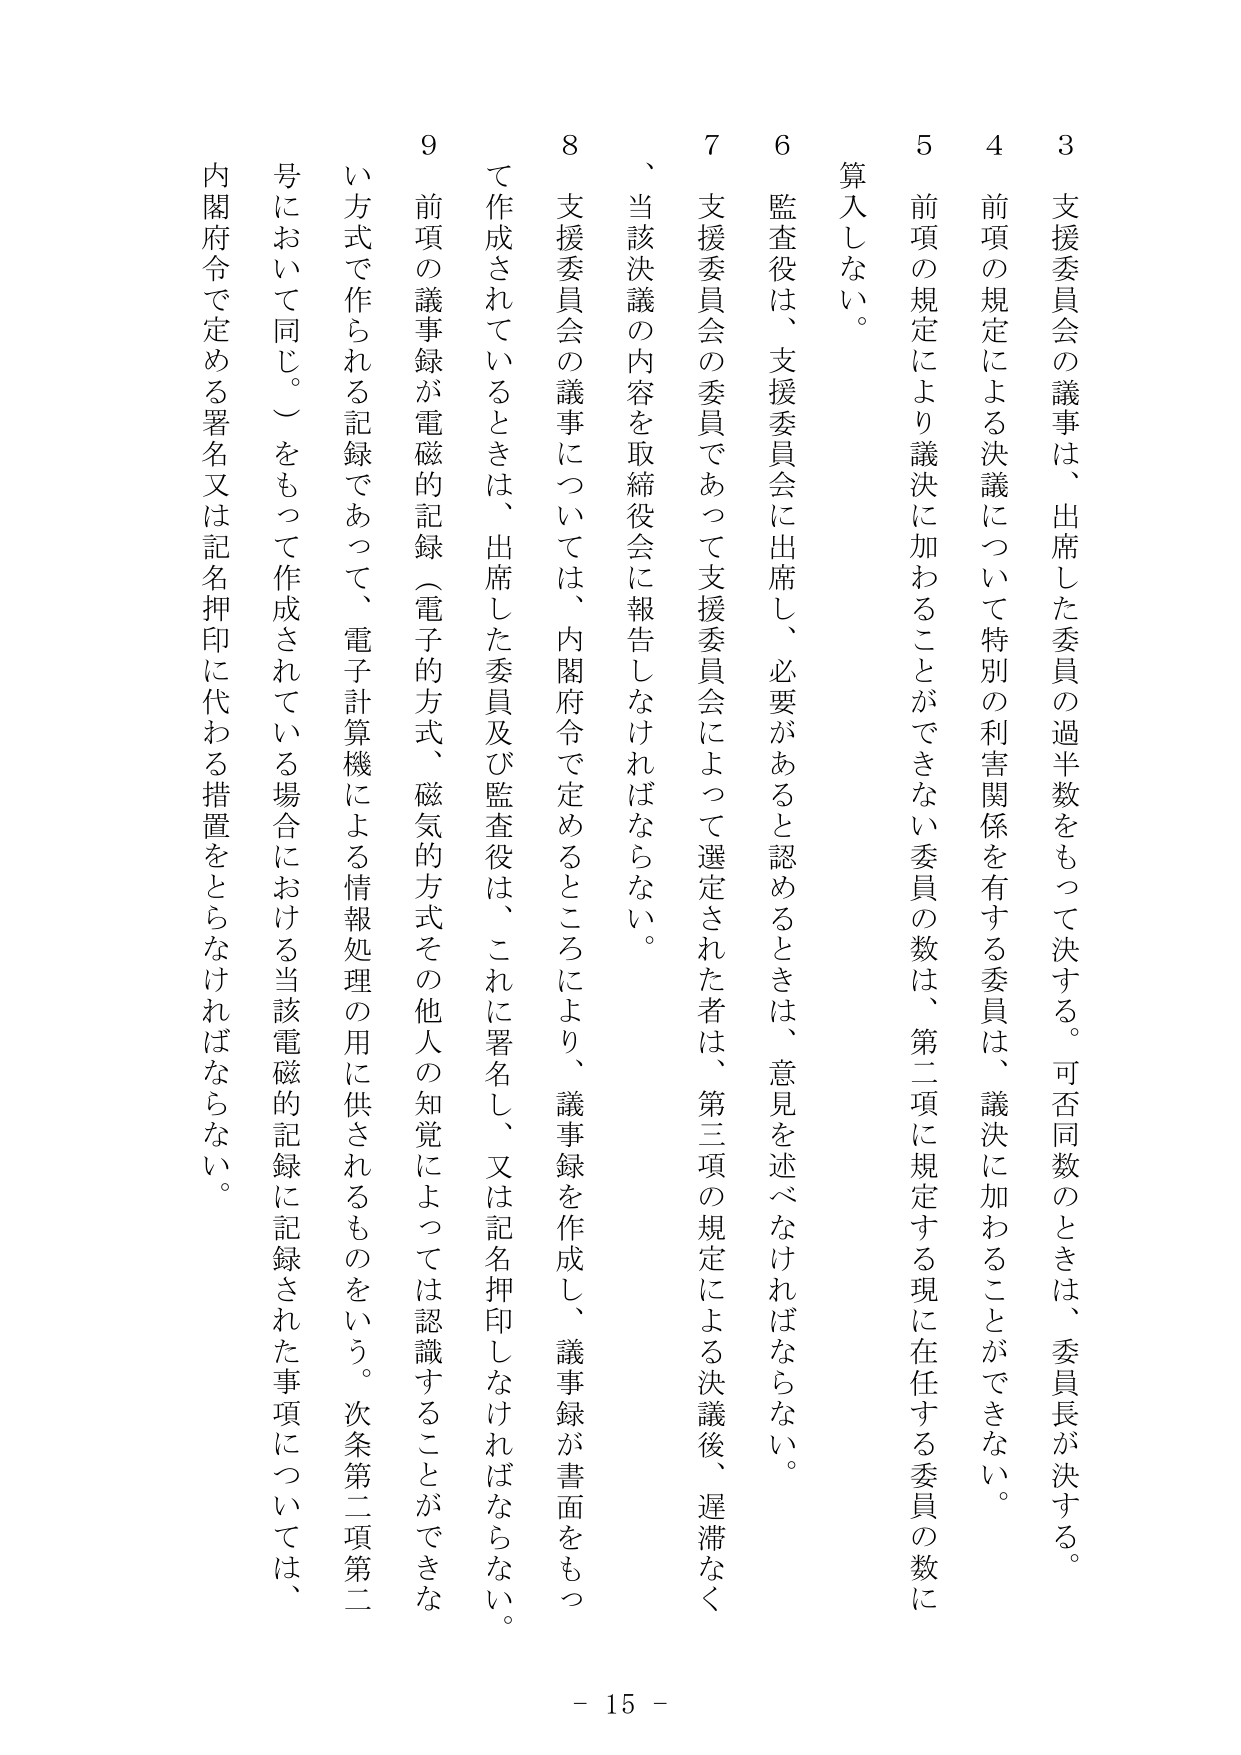
3 支援委員会の議事は、出席した委員の過半数をもって決する。可否同数のときは、委員長が決する。

4 前項の規定による決議について特別の利害関係を有する委員は、議決に加わることができない。

5 前項の規定により議決に加わることができない委員の数は、第二項に規定する現在在任する委員の数に算入しない。

6 監査役は、支援委員会に出席し、必要があると認めるときは、意見を述べなければならない。

7 支援委員会の委員であって支援委員会によって選定された者は、第三項の規定による決議後、遅滞なく、当該決議の内容を取締役会に報告しなければならない。

8 支援委員会の議事については、内閣府令で定めるところにより、議事録を作成し、議事録が書面をもって作成されているときは、出席した委員及び監査役は、これに署名し、又は記名押印しなければならない。

9 前項の議事録が電磁的記録（電子的方式、磁気的方式その他人の知覚によっては認識することができない方式で作られる記録であって、電子計算機による情報処理の用に供されるものをいう。次条第二項第二号において同じ。）をもって作成されている場合における当該電磁的記録に記録された事項については、内閣府令で定める署名又は記名押印に代わる措置をとらなければならない。

- 15 -